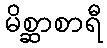
မိစ္ဆာစာရီ